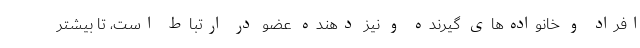
افراد و خانواده‌های گیرنده و نیز دهنده عضو در ارتباط است، تا بیشتر